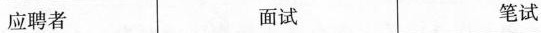
应聘者面试笔试